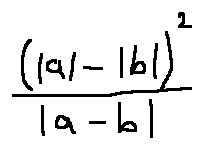
\frac { ( | a | - | b | ) ^ { 2 } } { | a - b | }